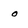
Character: o